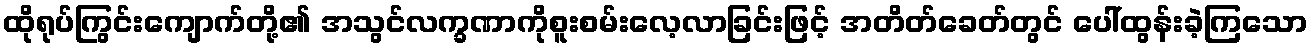
ထိုရုပ်ကြွင်းကျောက်တို့၏ အသွင်လက္ခဏာကိုစူးစမ်းလေ့လာခြင်းဖြင့် အတိတ်ခေတ်တွင် ပေါ်ထွန်းခဲ့ကြသော